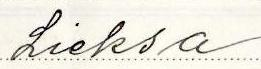
Lieksa